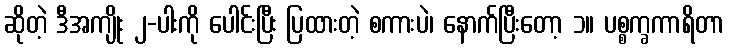
ဆိုတဲ့ ဒီအကျိုး ၂-ပါးကို ပေါင်းပြီး ပြထားတဲ့ စကားပဲ၊ နောက်ပြီးတော့ ၁။ ပစ္စက္ခကာရိတာ